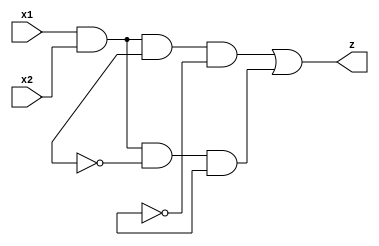
module sic(
	input x1, x2,
	output z
);

wire Y1, Y2;
reg y1, y2;

//predefined states
parameter s0=2'd0, s0=2'd1, s0=2'd2, s0=2'd3;

//assign output and next state
assign Y1 = (x1 & x2) | (x1 & ~x2 & y1);
assign Y2 = (x1 & ~x2) | (x1 & x2 & ~y1 & ~y2) | (x1 & x2 & y1 & y2);
assign z = (x1 & x2 & y1 & ~y2) | (x1 & x2 & ~y1 & y2);

endmodule